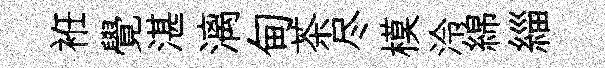
袵覺湛漓甸茶尽模泠綿緇